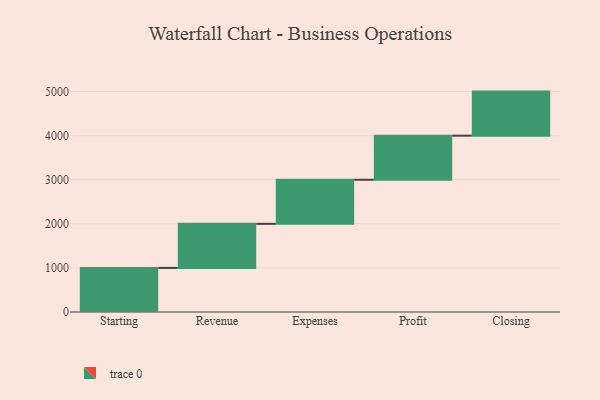
{"axis": {"x": "Step", "y": "Value"}, "legend": [""], "data": [{"x": "Starting", "y": 1000, "type": ""}, {"x": "Revenue", "y": 1000, "type": ""}, {"x": "Expenses", "y": 1000, "type": ""}, {"x": "Profit", "y": 1000, "type": ""}, {"x": "Closing", "y": 1000, "type": ""}]}